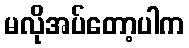
မလိုအပ်တော့ပါက